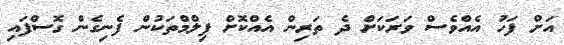
އަށް ފަހު އެއްވެސް ވަރަކަށް ދެ ތަރިން އެއްކޮށް ފިލްމްތަކުން ފެނިގެން ގޮސްފައި